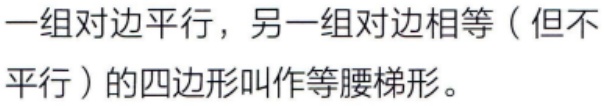
一组对边平行，另一组对边相等（但不平行）的四边形叫作等腰梯形。